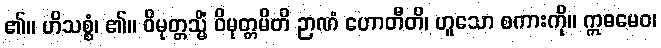
၏။ ဟိသစ္စံ၊ ၏။ ဝိမုတ္တသ္မိံ ဝိမုတ္တမိတိ ဉာဏံ ဟောတီတိ၊ ဟူသော စကားကို။ ဣဓမေဝ၊